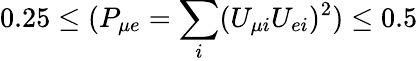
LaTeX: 0.25\le(P_{\mu e}=\sum_{i}(U_{\mu i}U_{ei})^{2})\le 0.5